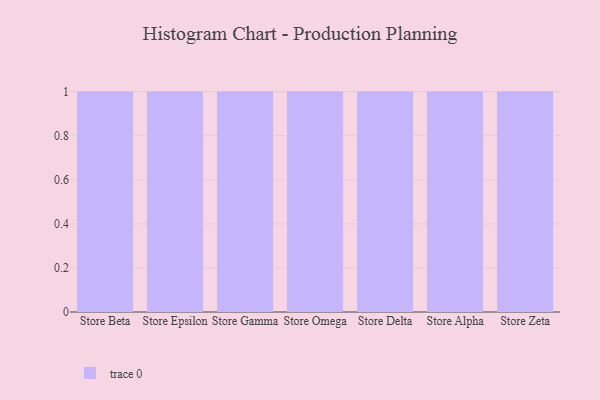
{"axis": {"x": "Store", "y": "Net Income (USD K)"}, "legend": [""], "data": [{"x": "Store Beta", "y": 75, "type": ""}, {"x": "Store Epsilon", "y": 37, "type": ""}, {"x": "Store Gamma", "y": 70, "type": ""}, {"x": "Store Omega", "y": 84, "type": ""}, {"x": "Store Delta", "y": 21, "type": ""}, {"x": "Store Alpha", "y": 94, "type": ""}, {"x": "Store Zeta", "y": 25, "type": ""}]}